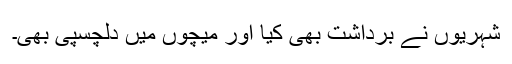
شہریوں نے برداشت بھی کیا اور میچوں میں دلچسپی بھی۔